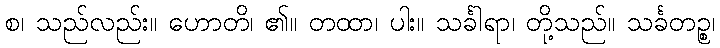
စ၊ သည်လည်း။ ဟောတိ၊ ၏။ တထာ၊ ပါး။ သင်္ခါရာ၊ တို့သည်။ သင်္ခတဉ္စ၊